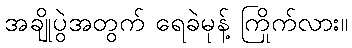
အချိုပွဲအတွက် ရေခဲမုန့် ကြိုက်လား။